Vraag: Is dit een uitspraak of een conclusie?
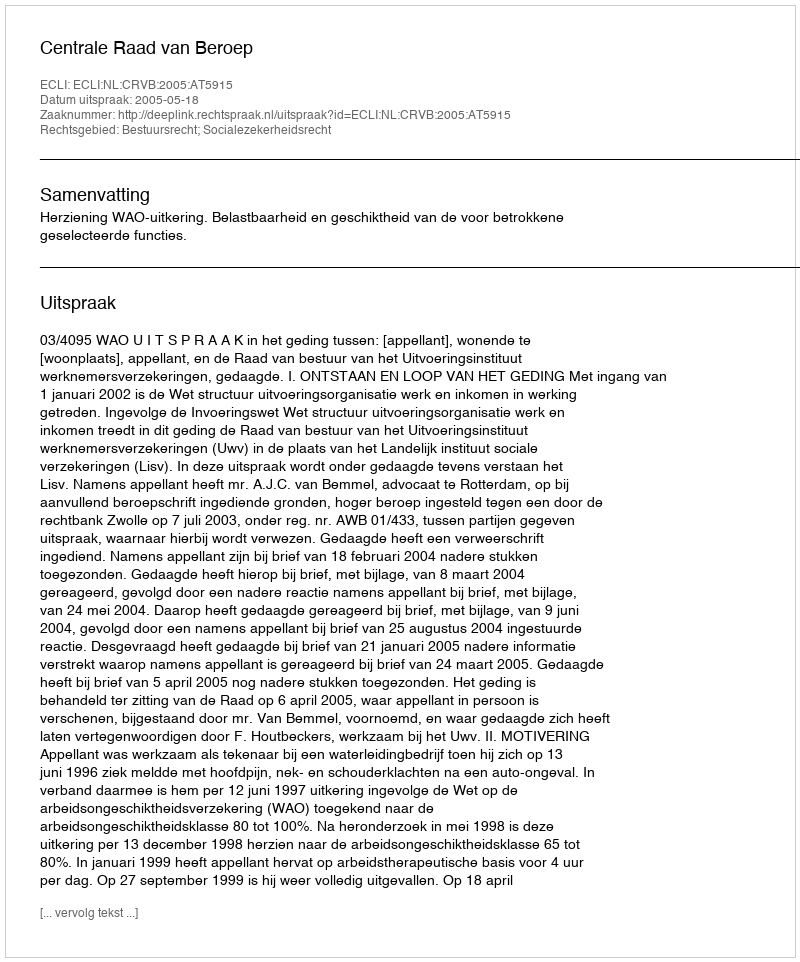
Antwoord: Uitspraak